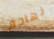
نهاجم